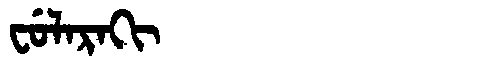
Manchu: ᠸᡠᠯᠠᡵᠠᡴᡳ
Romanization: FULARAKI